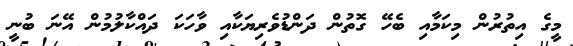
މީގެ އިތުރުން މިކަމާއި ބެހޭ ގޮތުން ދަންޑުވެރިޔަކާއި ވާހަކަ ދައްކާލުމުން އޭނަ ބުނީ